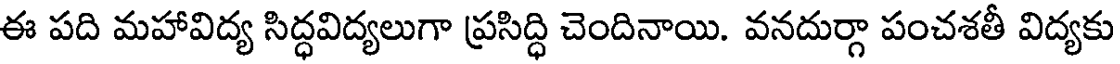
ఈ పది మహావిద్య సిద్ధవిద్యలుగా ప్రసిద్ధి చెందినాయి. వనదుర్గా పంచశతీ విద్యకు